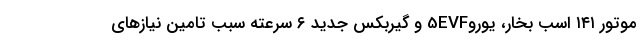
موتور ١٤١ اسب بخار، یورو5EVF و گیربکس جدید ٦ سرعته سبب تامین نیازهای